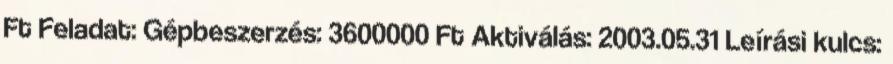
Ft Feladat: Gépbeszerzés: 3600000 Ft Aktiválás: 2003.05.31 Leírási kulcs: